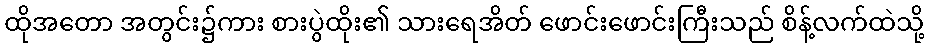
ထိုအတော အတွင်း၌ကား စားပွဲထိုး၏ သားရေအိတ် ဖောင်းဖောင်းကြီးသည် စိန့်လက်ထဲသို့